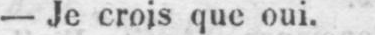
- Je crois que oui.